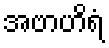
အဗာဟိရံ